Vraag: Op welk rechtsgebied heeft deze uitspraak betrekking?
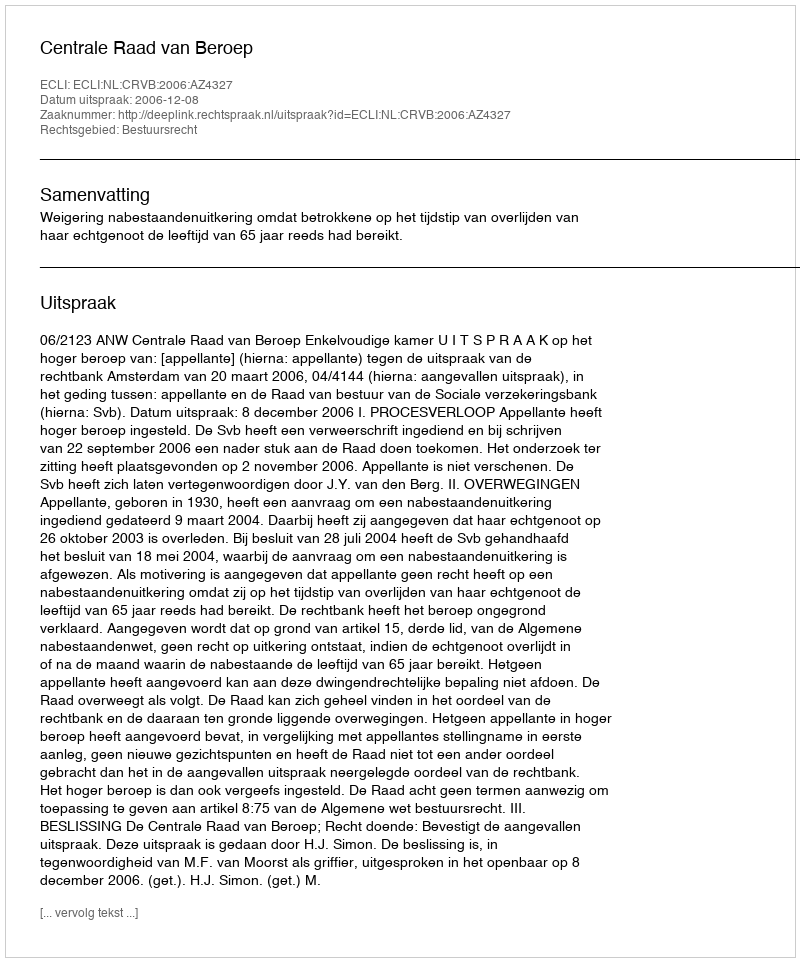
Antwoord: Bestuursrecht